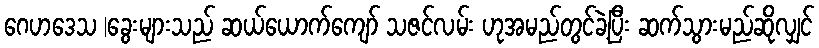
ဂေဟဒေသ |ခွေးများသည် ဆယ်ယောက်ကျော် သဇင်လမ်း ဟုအမည်တွင်ခဲ့ပြီး ဆက်သွားမည်ဆိုလျှင်